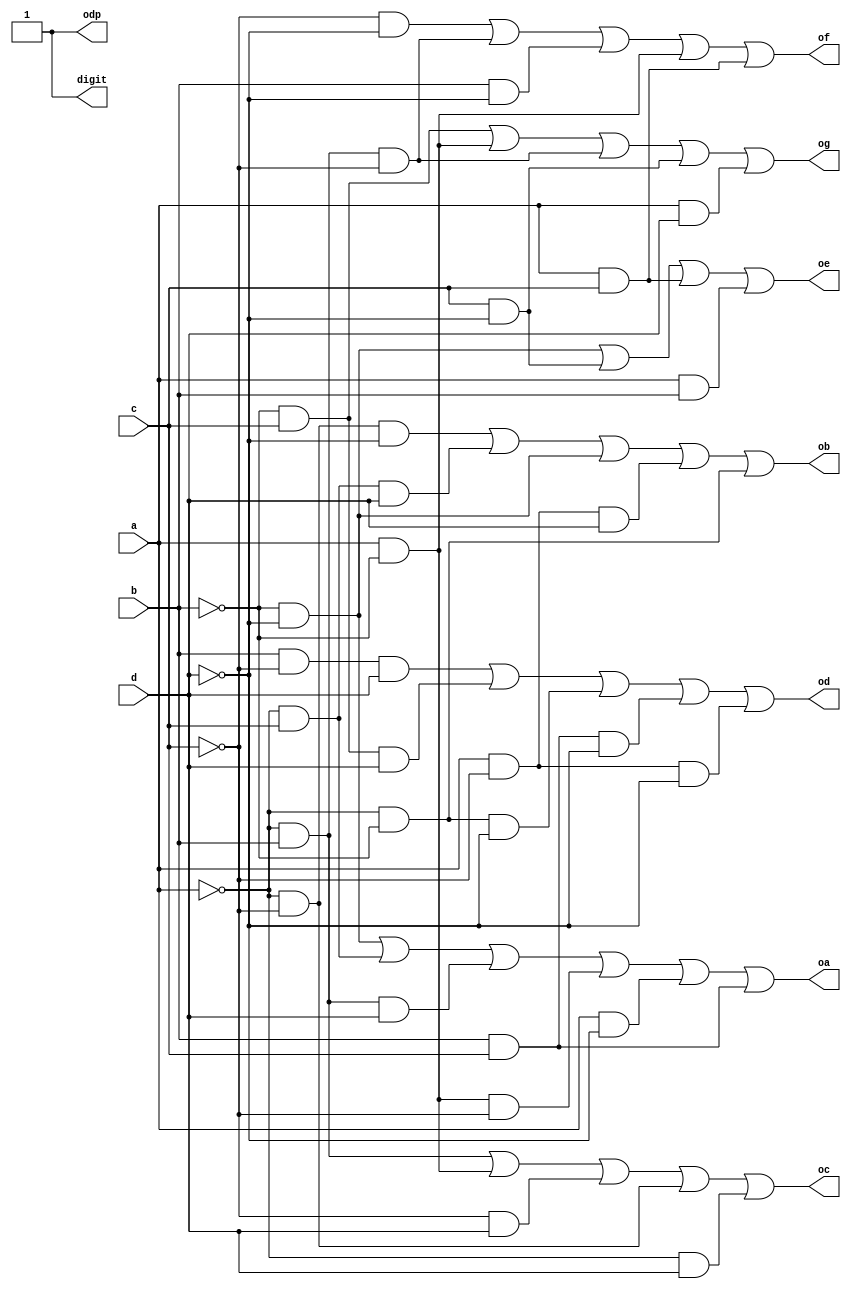
`timescale 1ns / 1ps
//////////////////////////////////////////////////////////////////////////////////
// Company: 
// Engineer: 
// 
// Design Name: 
// Module Name: inv
// Project Name: 
// Target Devices: 
// Tool Versions: 
// Description: 
// 
// Dependencies: 
// 
// Revision:
// Revision 0.01 - File Created
// Additional Comments:
// 
//////////////////////////////////////////////////////////////////////////////////


module inv(
    input a, b, c, d,
    output oa, ob, oc, od, oe, of, og, odp, digit
);


// a = b'd' + a'c + a'bd + ab'c' + ad' + bc
assign oa= (~b & ~d) | (~a & c) | (~a & b & d) | (a & ~b & ~c) | (a & ~d) | (b & c);

// b = a'c'd' + a'cd + b'd' + ac'd + a'b'
assign ob=(~a & ~c & ~d) | (~a & c & d) | (~b & ~d) | (a & ~c & d) | (~a & ~b);

// c = a'b + ab' + c'd + a'c' + a'd
assign oc=(~a & b) | (a & ~b) | (~c & d) | (~a & ~c) | (~a & d);

// d = bc'd + b'cd + a'b'd' + bcd' + ac'd'
assign od=(b & ~c & d) | (~b & c & d) | (~a & ~b & ~d) | (b & c & ~d) | (a & ~c & ~d);

// e = b'd' + cd' + ac + ab
assign oe= (~b & ~d) | (c & ~d) | (a & c) | (a & b);

// f =  c'd' + a'bc' + bd' + ab' + ac
assign of=  (~c & ~d) | (~a & b & ~c) | (b & ~d) | (a & ~b) | (a & c);

// g =  b'c + ab' + a'bc' + cd' + ad
assign og= (~b & c) | (a & ~b) | (~a & b & ~c) | (c & ~d) | (a & d);

assign odp=1;

assign digit = oa|ob|oc|od|oe|of|og|odp;

endmodule